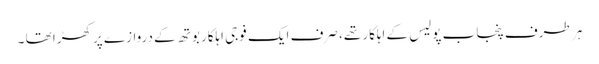
ہر طرف پنجاب پولیس کے اہلکار تھے، صرف ایک فوجی اہلکار بوتھ کے دروازے پر کھڑا تھا ۔